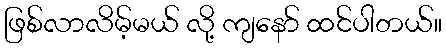
ဖြစ်လာလိမ့်မယ် လို့ ကျနော် ထင်ပါတယ်။